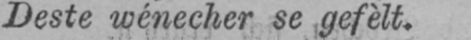
Deste wénecher se gefèlt.